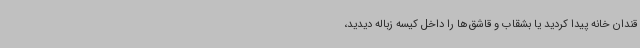
قندان خانه پیدا کردید یا بشقاب و قاشق‌ها را داخل کیسه زباله دیدید،